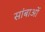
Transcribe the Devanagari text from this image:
सांबाओं